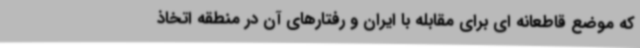
که موضع قاطعانه ای برای مقابله با ایران و رفتارهای آن در منطقه اتخاذ